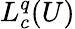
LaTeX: L_{c}^{q}(U)